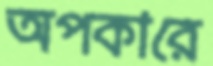
অপকারে